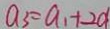
a _ { 3 } = a _ { 1 } + 2 d